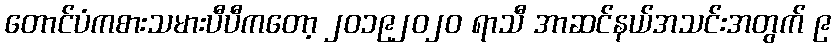
တောင်ပံကစားသမားပီပီကတော့ ၂၀၁၉၂၀၂၀ ရာသီ အာဆင်နယ်အသင်းအတွက် ၉